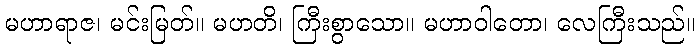
မဟာရာဇ၊ မင်းမြတ်။ မဟတိ၊ ကြီးစွာသော။ မဟာဝါတော၊ လေကြီးသည်။